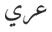
عري